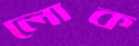
লোক